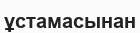
ұстамасынан